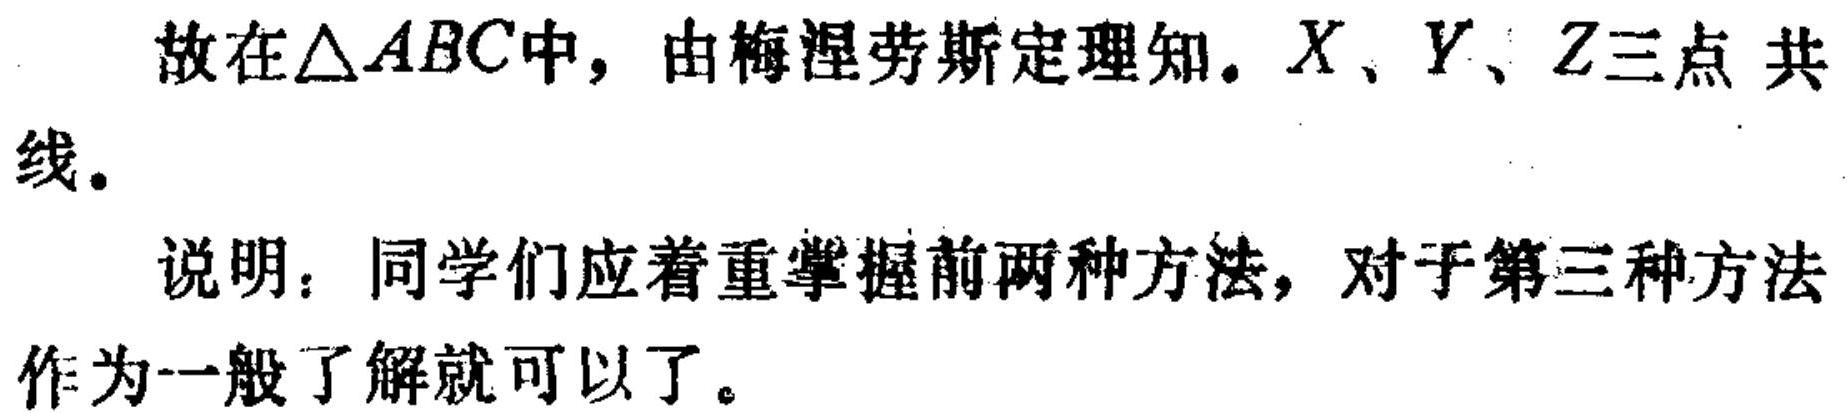
故在\(\triangle ABC\)中，由梅涅劳斯定理知。\(X\)、\(Y\)、\(Z\)三点 共线。

说明：同学们应着重掌握前两种方法，对于第三种方法作为一般了解就可以了。